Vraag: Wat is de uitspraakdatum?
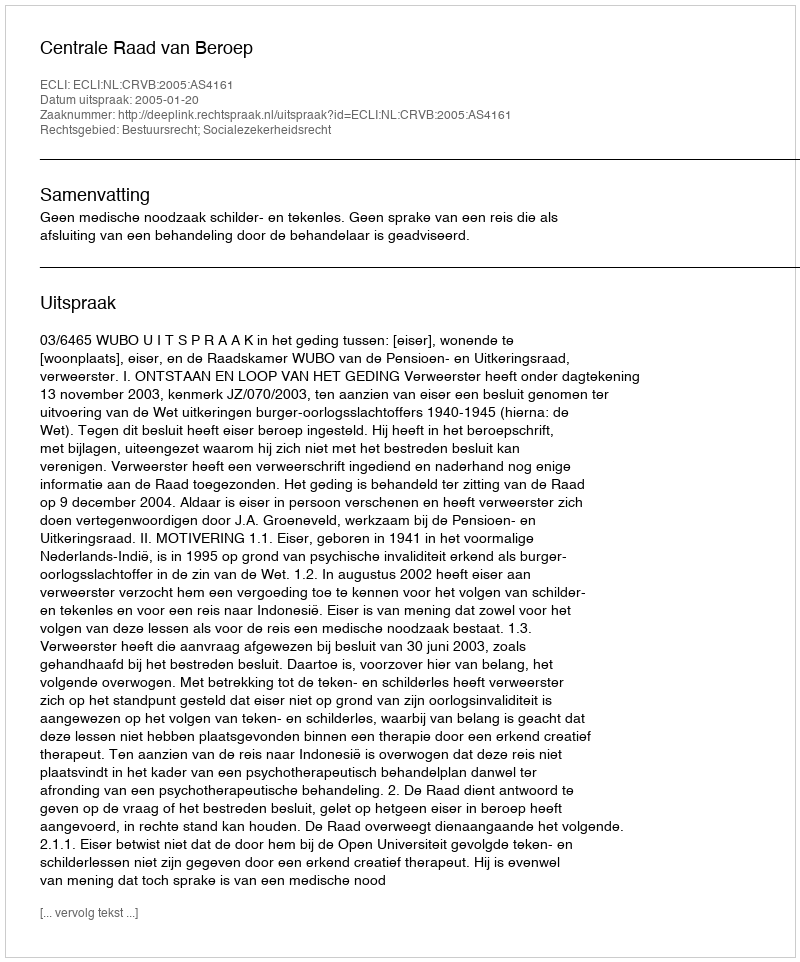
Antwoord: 2005-01-20